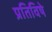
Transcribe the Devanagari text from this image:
प्रतिविषे